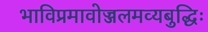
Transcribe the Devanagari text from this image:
भाविप्रमावोज्जलमव्यबुद्धिः